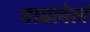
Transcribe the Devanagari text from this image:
वाढलेलं